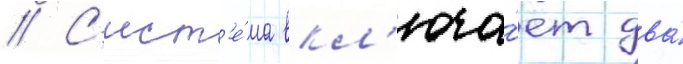
// С'ист'е́ма вкл'юча́ет два́